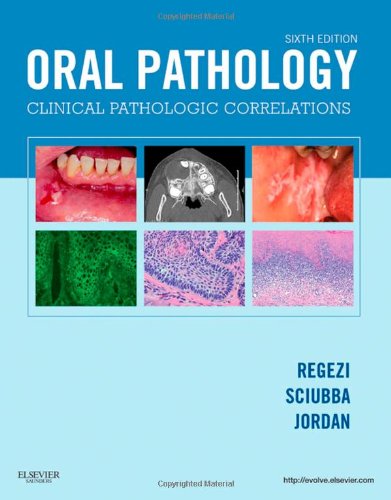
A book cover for Oral Pathology: Clinical Pathologic Correlations, 6e; Joseph A. Regezi DDS  MS; Medical Books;